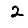
Digit: 2